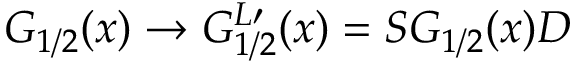
G _ { 1 / 2 } ( x ) \rightarrow G _ { 1 / 2 } ^ { L \prime } ( x ) = S G _ { 1 / 2 } ( x ) D